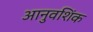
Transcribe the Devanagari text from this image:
आनुवशिंक